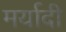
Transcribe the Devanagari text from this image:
मर्यादी